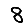
Digit: 8